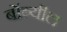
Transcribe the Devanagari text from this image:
बोंब्यील